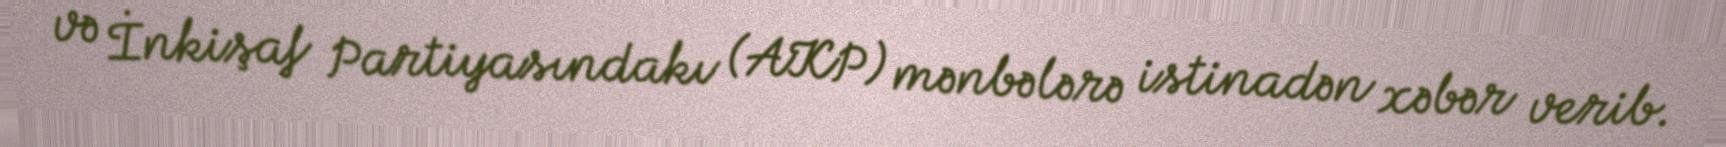
və İnkişaf Partiyasındakı (AKP) mənbələrə istinadən xəbər verib.